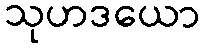
သုဟဒယော